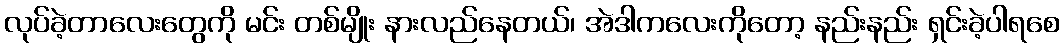
လုပ်ခဲ့တာလေးတွေကို မင်း တစ်မျိုး နားလည်နေတယ်၊ အဲဒါကလေးကိုတော့ နည်းနည်း ရှင်းခဲ့ပါရစေ